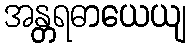
အန္တရဓာယေယျ